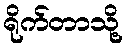
ရိုက်တာသို့